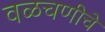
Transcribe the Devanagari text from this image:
वळचणीचे